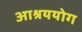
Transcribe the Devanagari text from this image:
आश्रययोग